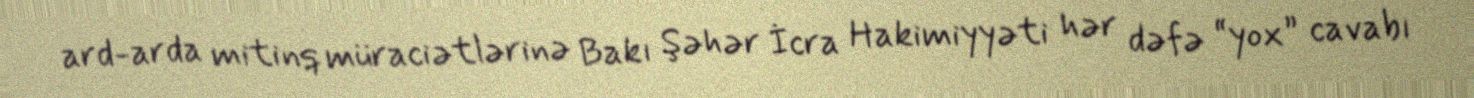
ard-arda mitinq müraciətlərinə Bakı Şəhər İcra Hakimiyyəti hər dəfə “yox” cavabı